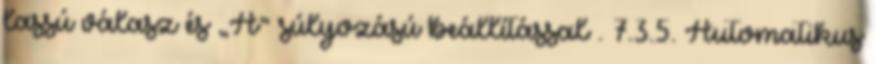
lassú válasz és „A” súlyozású beállítással . 7.3.5. Automatikus